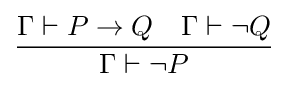
{\frac {\Gamma \vdash P\to Q~~~\Gamma \vdash \neg Q}{\Gamma \vdash \neg P}}